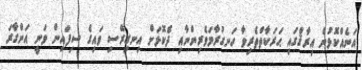
އަނެއްކޮޅުން އިރާޤްގައި ޙަރަކާތްތެރިވާ ހަނގުރާމަވެރިންނާއި ދެކޮޅަށް އިނގިރޭސި ވައިގެ ސިފައިން ވަނީ އަންގާރަ